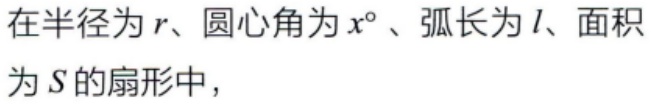
在半径为\(r\)、圆心角为\(x^{\circ}\)、弧长为\(l\)、面积为\(S\)的扇形中，